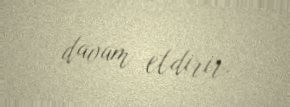
davam etdirir.